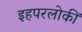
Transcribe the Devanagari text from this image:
इहपरलोकीं